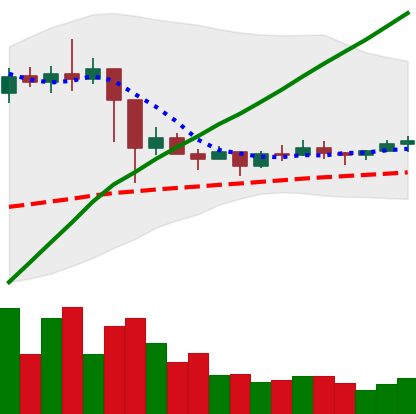
Ticker: ETC-USD
Chart end date: 2021-03-08
Forward return: 18.299%
Label: up_7plus